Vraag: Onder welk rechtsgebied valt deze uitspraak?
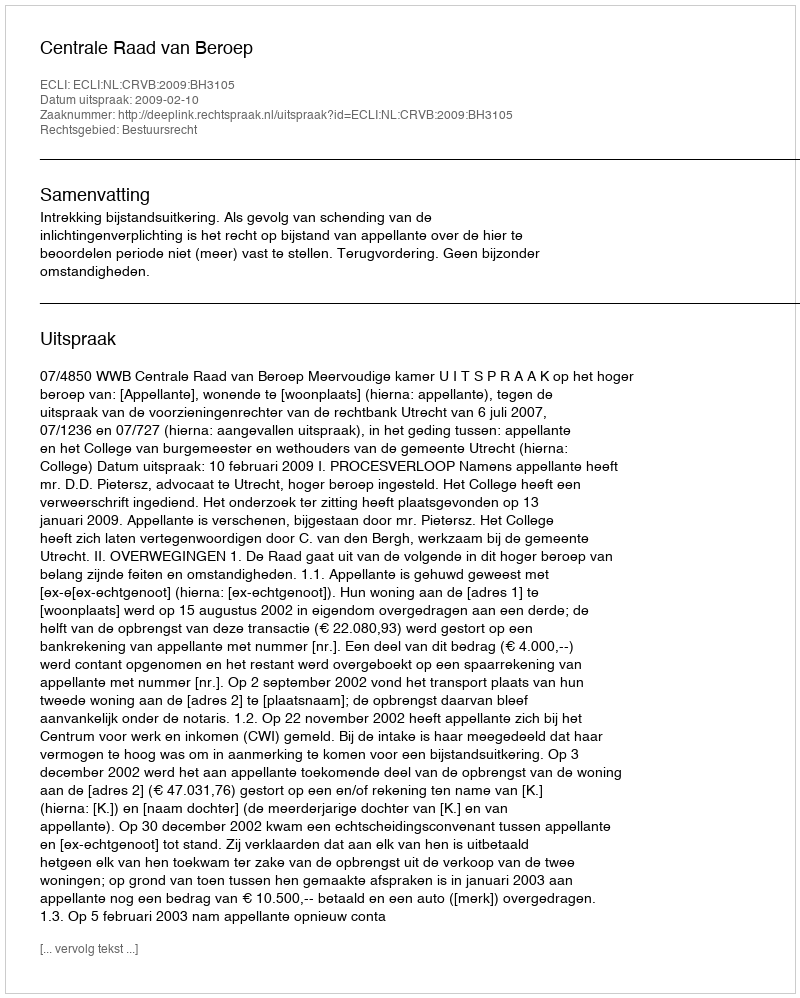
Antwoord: Bestuursrecht